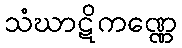
သံဃာဋိကဏ္ဏေ